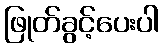
ဖြုတ်ခွင့်ပေးပါ